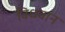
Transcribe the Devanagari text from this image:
विधवान